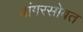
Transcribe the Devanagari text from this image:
बांगरसोबत